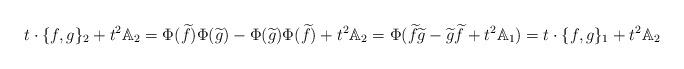
LaTeX: \begin{align*}t\cdot\{f,g\}_2 + t^2\mathbb{A}_2 = \Phi(\widetilde{f})\Phi(\widetilde{g}) -\Phi(\widetilde{g})\Phi(\widetilde{f}) + t^2\mathbb{A}_2 = \Phi(\widetilde{f}\widetilde{g} - \widetilde{g}\widetilde{f} + t^2\mathbb{A}_1) = t\cdot\{f,g\}_1 + t^2\mathbb{A}_2\end{align*}